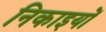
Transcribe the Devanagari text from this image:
निकाइयों